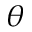
\theta